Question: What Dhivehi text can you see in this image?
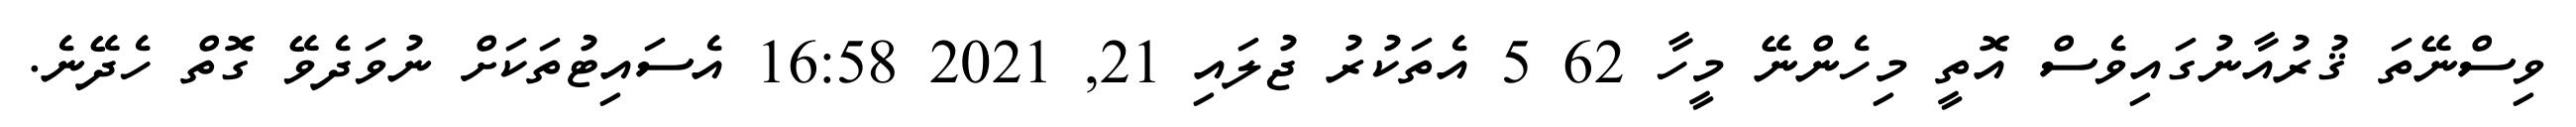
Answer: ވިސްނޭތަ ޤުރުއާނުގައިވެސް އޮތީ މިހެންނޭ މީހާ 62 5 އެތަކުރު ޖުލައި 21, 2021 16:58 އެސައިޓުތަކަށް ނުވަދެވޭ ގޮތް ހެދޭނެ.